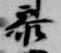
参